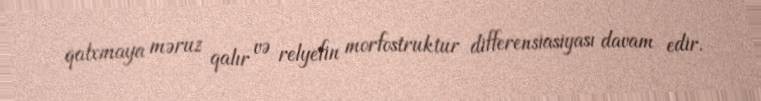
qalxmaya məruz qalır və relyefin morfostruktur differensiasiyası davam edir.